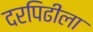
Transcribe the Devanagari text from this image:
दरपिढीला